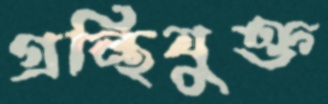
গ্রন্থিযুক্ত